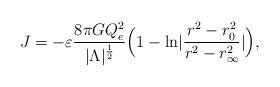
LaTeX: \begin{align*}J=-\varepsilon {{8 \pi G Q_e^2} \over |\Lambda|^{1\over2}}\Bigl(1-{\rm ln}|{{r^2-r_0^2} \over {r^2-r_{\infty}^2}}|\Bigr),\end{align*}